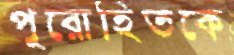
পুরোহিতকে